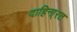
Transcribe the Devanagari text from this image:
दाहिना्रत